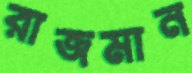
রাজমান